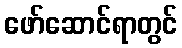
ဖော်ဆောင်ရာတွင်